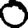
Digit: 0